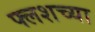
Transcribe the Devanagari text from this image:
फ्लशच्या